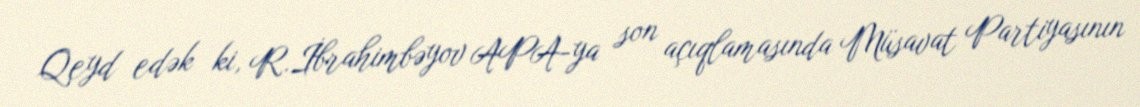
Qeyd edək ki, R.İbrahimbəyov APA-ya son açıqlamasında Müsavat Partiyasının